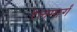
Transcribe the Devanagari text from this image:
रेलमार्गं